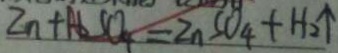
Z n + H _ { 2 } S O _ { 4 } = Z n S O _ { 4 } + H _ { 2 } \uparrow